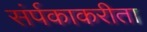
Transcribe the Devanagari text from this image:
संर्पकाकरीता